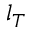
l _ { T }